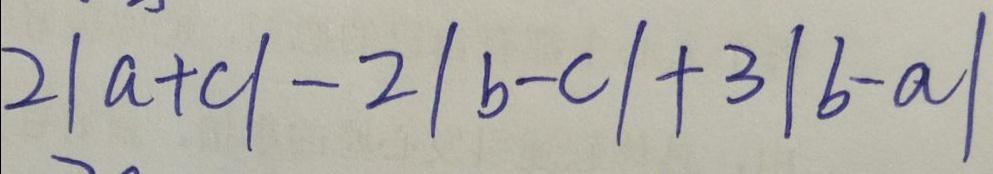
2 \vert a + c \vert - 2 \vert b - c \vert + 3 \vert b - a \vert